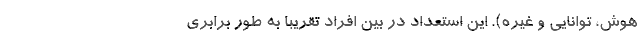
هوش، توانایی و غیره). این استعداد در بین افراد تقریباً به طور برابری